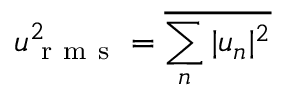
u _ { \mathrm { ~ r ~ m ~ s ~ } } ^ { 2 } = \overline { { \sum _ { n } | u _ { n } | ^ { 2 } } }